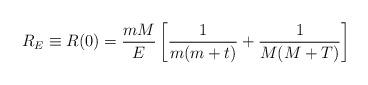
LaTeX: \begin{align*}R_E\equiv R(0)=\frac {mM}E\left[\frac 1{m(m+t)}+\frac 1{M(M+T)}\right]\end{align*}